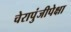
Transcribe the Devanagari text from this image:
चेरापुंजीपेक्षा